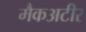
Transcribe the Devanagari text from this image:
मैकअटीर